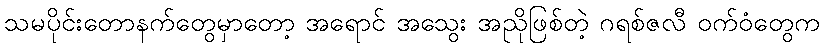
သမပိုင်းတောနက်တွေမှာတော့ အရောင် အသွေး အညိုဖြစ်တဲ့ ဂရစ်ဇလီ ဝက်ဝံတွေက